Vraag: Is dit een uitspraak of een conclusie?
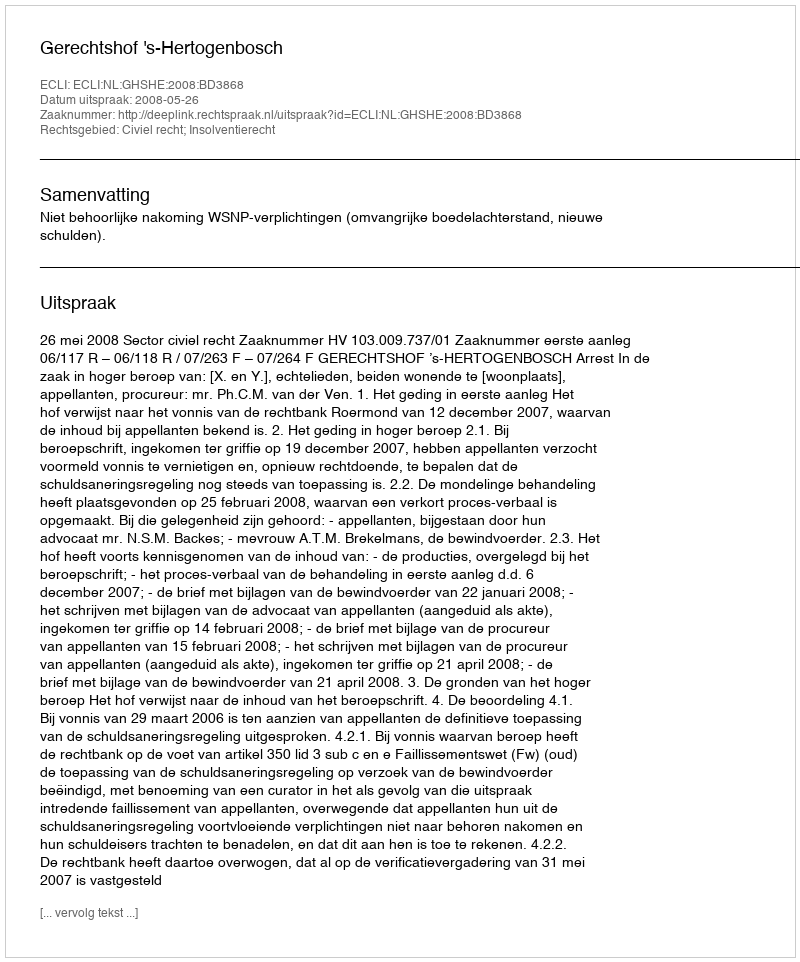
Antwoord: Uitspraak